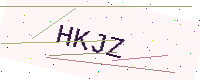
Text: HKJZ